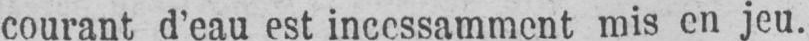
courant d’eau est incessamment mis en jeu.